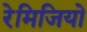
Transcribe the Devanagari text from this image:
रेमिजियो